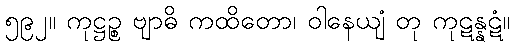
၅၉၂။ ကုဋ္ဌဉ္စ ဗျာဓိ ကထိတော၊ ဝါနေယျံ တု ကုဋန္နဋံ။